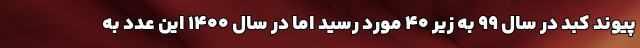
پیوند کبد در سال ۹۹ به زیر ۴۰ مورد رسید اما در سال ۱۴۰۰ این عدد به